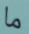
ما